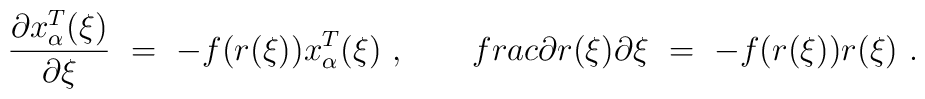
\frac{\partial x_{\alpha}^T(\xi)}{\partial \xi}\ =\ -f(r(\xi))x_{\alpha}^T(\xi)\ ,\ \ \ \ \ \ \ \\frac{\partial r(\xi)}{\partial \xi}\ =\ -f(r(\xi))r(\xi)\ .